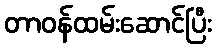
တာဝန်ထမ်းဆောင်ပြီး